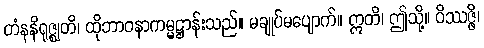
တံနနိရုဇ္ဈတိ၊ ထိုဘာဝနာကမ္မဋ္ဌာန်းသည်။ မချုပ်မပျောက်။ ဣတိ၊ ဤသို့။ ဝိဿဇ္ဇိ၊